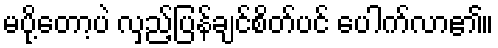
မပို့တော့ပဲ လှည့်ပြန်ချင်စိတ်ပင် ပေါက်လာ၏။